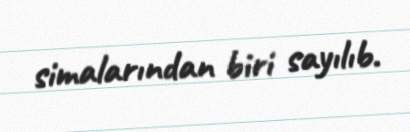
simalarından biri sayılıb.